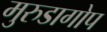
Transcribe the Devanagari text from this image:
मुरुडागोप